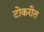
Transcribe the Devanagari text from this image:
टोकरीत